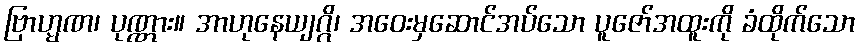
ဗြာဟ္မဏ၊ ပုဏ္ဏား။ အာဟုနေယျဂ္ဂိ၊ အဝေးမှဆောင်အပ်သော ပူဇော်အထူးကို ခံထိုက်သော